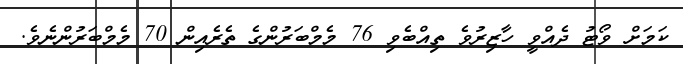
ކަމަށް ވޯޓު ދެއްވީ ހާޒިރުވެ ތިއްބެވި 76 މެމްބަރުންގެ ތެރެއިން 70 މެމްބަރުންނެވެ.